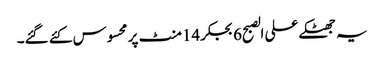
یہ جھٹکے علی الصبح6بجکر14منٹ پر محسوس کئے گئے۔